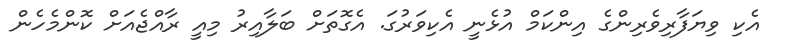
އެކި ވިޔަފާރިވެރިންގެ އިންކަމް އުޅެނީ އެކިވަރުގަ. އެގޮތަށް ބަލާއިރު މިއީ ރާއްޖެއަށް ކޮންމެހެން